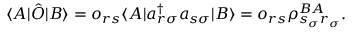
\langle A | \hat { O } | B \rangle = o _ { r s } \langle A | a _ { r \sigma } ^ { \dagger } a _ { s \sigma } | B \rangle = o _ { r s } \rho _ { s _ { \sigma } r _ { \sigma } } ^ { B A } .